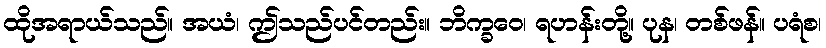
ထိုအရာယ်သည်။ အယံ၊ ဤသည်ပင်တည်း။ ဘိက္ခဝေ၊ ရဟန်းတို့။ ပုန၊ တစ်ဖန်။ ပရံစ၊